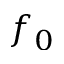
f _ { 0 }